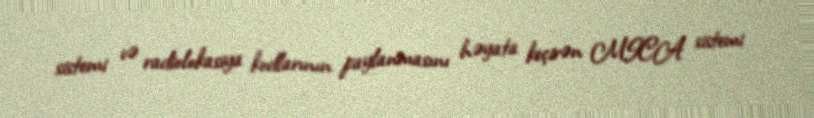
sistemi və radiolokasiya kodlarının paylanmasını həyata keçirən MICA sistemi